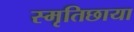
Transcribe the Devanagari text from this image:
स्मृतिछाया